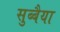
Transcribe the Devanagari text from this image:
सुब्बैया